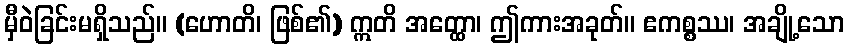
မှီဝဲခြင်းမရှိသည်။ (ဟောတိ၊ ဖြစ်၏) ဣတိ အတ္ထော၊ ဤကားအခုတ်။ ဧကစ္စဿ၊ အချို့သော